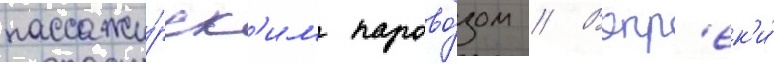
пассажи́рск'им парово́зом // Вопр'ек'и́